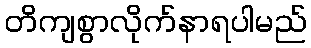
တိကျစွာလိုက်နာရပါမည်